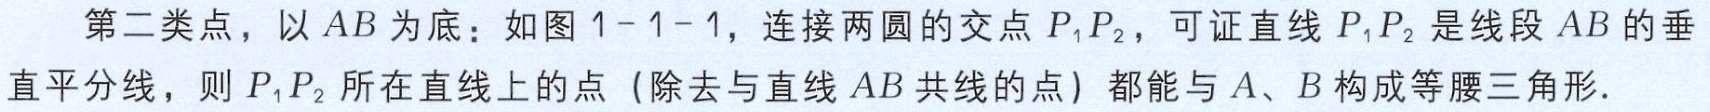
第二类点，以 \(AB\) 为底：如图 \(1 - 1 - 1\)，连接两圆的交点 \(P_1P_2\)，可证直线 \(P_1P_2\) 是线段 \(AB\) 的垂直平分线，则 \(P_1P_2\) 所在直线上的点（除去与直线 \(AB\) 共线的点）都能与 \(A\)、\(B\) 构成等腰三角形.